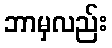
ဘာမှလည်း